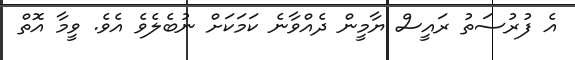
އެ ފުރުސަތު ރައީސް ޔާމީން ދެއްވާނެ ކަމަކަށް ނުބެލެވެ އެވެ. ވީމާ އޮތް